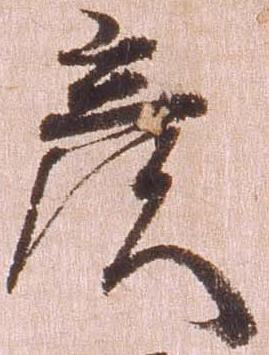
彦